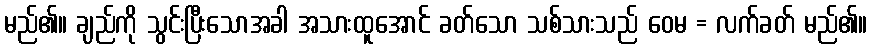
မည်၏။ ချည်ကို သွင်းပြီးသောအခါ အသားထူအောင် ခတ်သော သစ်သားသည် ဝေမ = လက်ခတ် မည်၏။